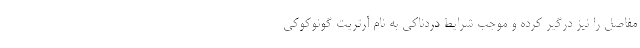
مفاصل را نیز درگیر کرده و موجب شرایط دردناکی به نام آرتریت گونوکوکی